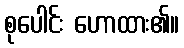
စုပေါင်း ဟောထား၏။